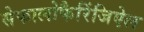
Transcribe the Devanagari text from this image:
सेफालोफैरिंजिऐल